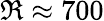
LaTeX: \Re\approx 700